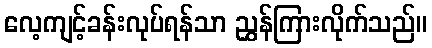
လေ့ကျင့်ခန်းလုပ်ရန်သာ ညွှန်ကြားလိုက်သည်။